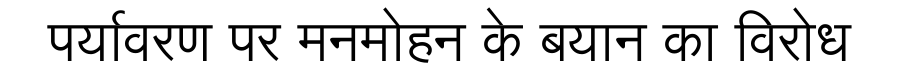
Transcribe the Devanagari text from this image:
पर्यावरण पर मनमोहन के बयान का विरोध